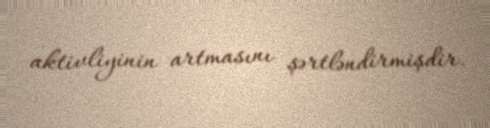
aktivliyinin artmasını şərtləndirmişdir.